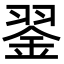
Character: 𦑕